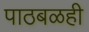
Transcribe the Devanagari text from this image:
पाठबळही